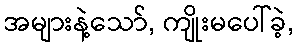
အများနဲ့သော်, ကျိုးမပေါ်ခဲ့,